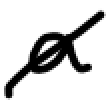
Text: a
Cross-out: diagonal
Writing tool: digital_black